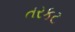
તરકટ